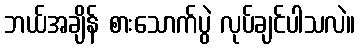
ဘယ်အချိန် စားသောက်ပွဲ လုပ်ချင်ပါသလဲ။